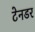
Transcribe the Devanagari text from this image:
टेनडर